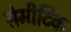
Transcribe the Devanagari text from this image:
सेमीटिक